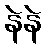
နဲနဲ